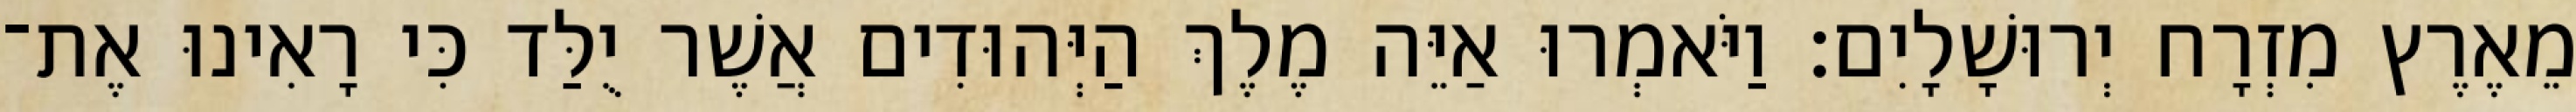
מֵאֶרֶץ מִזְרָח יְרוּשָׁלָיִם׃ וַיֹּאמְרוּ אַיֵּה מֶלֶךְ הַיְּהוּדִים אֲשֶׁר יֻלַּד כִּי רָאִינוּ אֶת־